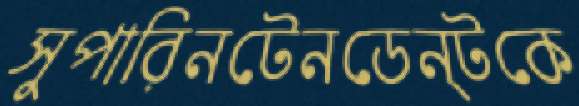
সুপারিনটেনডেন্টকে